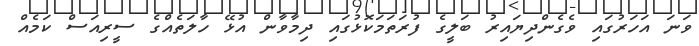
ވަނަ އަހަރުގައި ވެގެންދިޔައިރު ބަލީގެ ފުރަތަމަކޮޅުގައި ދިމާވާން އުޅޭ ހާލަތެއްގެ ސީރިއަސް ކަމެއް